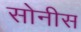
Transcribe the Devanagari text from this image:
सोनीस